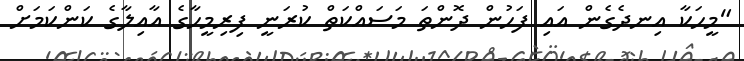
"މީހަކާ އިނދެގެން އައި ފަހުން ދޮންތަ މަސައްކަތް ކުރަނީ ފިރިމީހާގެ އާއިލާގެ ކަންކަމަށް